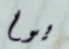
يوم